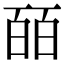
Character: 皕